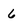
Character: 6